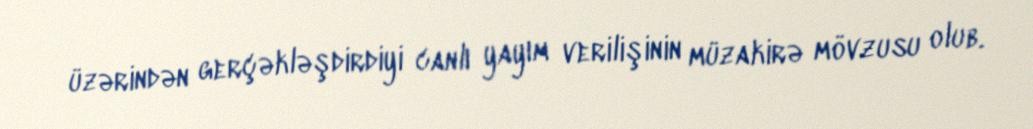
üzərindən gerçəkləşdirdiyi canlı yayım verilişinin müzakirə mövzusu olub.